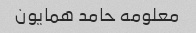
معلومه حامد همایون